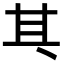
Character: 𠀪